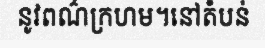
នូវពណ៌ក្រហម។នៅតំបន់